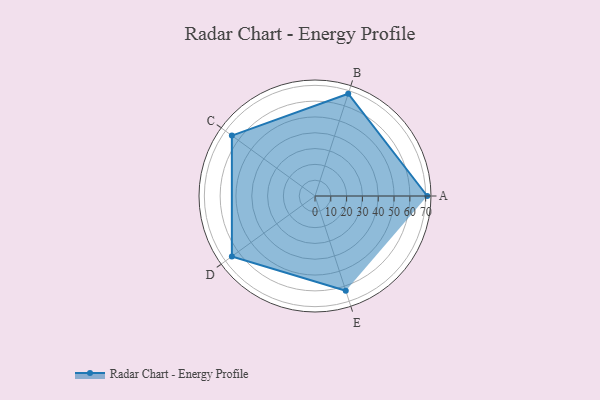
{"axis": {"x": "Skill", "y": "Score"}, "legend": ["Profile"], "data": [{"x": "A", "y": 71.0, "type": "Profile"}, {"x": "B", "y": 68.0, "type": "Profile"}, {"x": "C", "y": 65.0, "type": "Profile"}, {"x": "D", "y": 65.0, "type": "Profile"}, {"x": "E", "y": 63.0, "type": "Profile"}]}